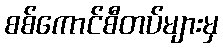
စစ်ကောင်စီတပ်များမှ